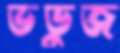
ভডুজ